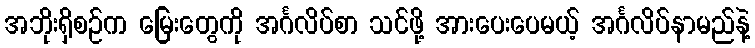
အဘိုးရှိစဉ်က မြေးတွေကို အင်္ဂလိပ်စာ သင်ဖို့ အားပေးပေမယ့် အင်္ဂလိပ်နာမည်နဲ့